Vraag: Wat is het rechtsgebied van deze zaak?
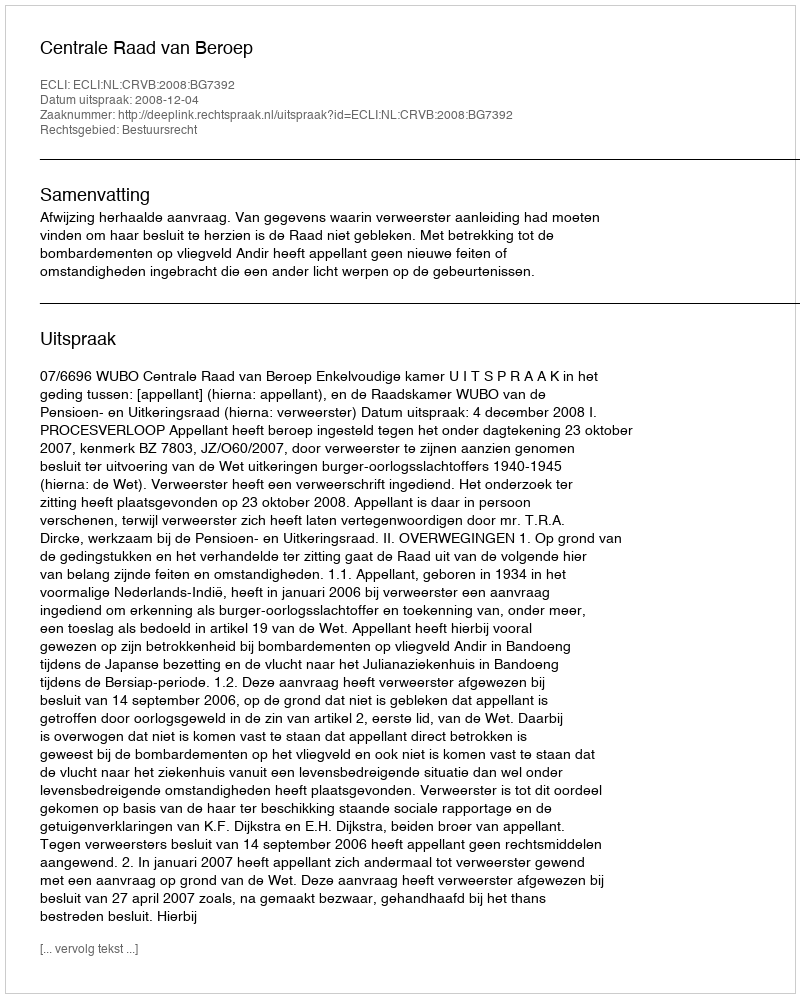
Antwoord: Bestuursrecht